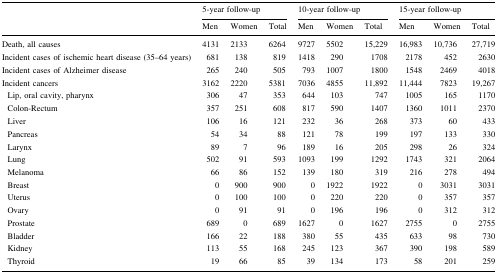
<table><thead><tr><td rowspan="2"></td><td colspan="3"><b>5-year follow-up</b></td><td colspan="3"><b>10-year follow-up</b></td><td colspan="3"><b>15-year follow-up</b></td></tr><tr><td><b>Men</b></td><td><b>Women</b></td><td><b>Total</b></td><td><b>Men</b></td><td><b>Women</b></td><td><b>Total</b></td><td><b>Men</b></td><td><b>Women</b></td><td><b>Total</b></td></tr></thead><tbody><tr><td>Death, all causes</td><td>4131</td><td>2133</td><td>6264</td><td>9727</td><td>5502</td><td>15,229</td><td>16,983</td><td>10,736</td><td>27,719</td></tr><tr><td>Incident cases of ischemic heart disease (35–64 years)</td><td>681</td><td>138</td><td>819</td><td>1418</td><td>290</td><td>1708</td><td>2178</td><td>452</td><td>2630</td></tr><tr><td>Incident cases of Alzheimer disease</td><td>265</td><td>240</td><td>505</td><td>793</td><td>1007</td><td>1800</td><td>1548</td><td>2469</td><td>4018</td></tr><tr><td>Incident cancers</td><td>3162</td><td>2220</td><td>5381</td><td>7036</td><td>4855</td><td>11,892</td><td>11,444</td><td>7823</td><td>19,267</td></tr><tr><td> Lip, oral cavity, pharynx</td><td>306</td><td>47</td><td>353</td><td>644</td><td>103</td><td>747</td><td>1005</td><td>165</td><td>1170</td></tr><tr><td> Colon-Rectum</td><td>357</td><td>251</td><td>608</td><td>817</td><td>590</td><td>1407</td><td>1360</td><td>1011</td><td>2370</td></tr><tr><td> Liver</td><td>106</td><td>16</td><td>121</td><td>232</td><td>36</td><td>268</td><td>373</td><td>60</td><td>433</td></tr><tr><td> Pancreas</td><td>54</td><td>34</td><td>88</td><td>121</td><td>78</td><td>199</td><td>197</td><td>133</td><td>330</td></tr><tr><td> Larynx</td><td>89</td><td>7</td><td>96</td><td>189</td><td>16</td><td>205</td><td>298</td><td>26</td><td>324</td></tr><tr><td> Lung</td><td>502</td><td>91</td><td>593</td><td>1093</td><td>199</td><td>1292</td><td>1743</td><td>321</td><td>2064</td></tr><tr><td> Melanoma</td><td>66</td><td>86</td><td>152</td><td>139</td><td>180</td><td>319</td><td>216</td><td>278</td><td>494</td></tr><tr><td> Breast</td><td>0</td><td>900</td><td>900</td><td>0</td><td>1922</td><td>1922</td><td>0</td><td>3031</td><td>3031</td></tr><tr><td> Uterus</td><td>0</td><td>100</td><td>100</td><td>0</td><td>220</td><td>220</td><td>0</td><td>357</td><td>357</td></tr><tr><td> Ovary</td><td>0</td><td>91</td><td>91</td><td>0</td><td>196</td><td>196</td><td>0</td><td>312</td><td>312</td></tr><tr><td> Prostate</td><td>689</td><td>0</td><td>689</td><td>1627</td><td>0</td><td>1627</td><td>2755</td><td>0</td><td>2755</td></tr><tr><td> Bladder</td><td>166</td><td>22</td><td>188</td><td>380</td><td>55</td><td>435</td><td>633</td><td>98</td><td>730</td></tr><tr><td> Kidney</td><td>113</td><td>55</td><td>168</td><td>245</td><td>123</td><td>367</td><td>390</td><td>198</td><td>589</td></tr><tr><td> Thyroid</td><td>19</td><td>66</td><td>85</td><td>39</td><td>134</td><td>173</td><td>58</td><td>201</td><td>259</td></tr></tbody></table>